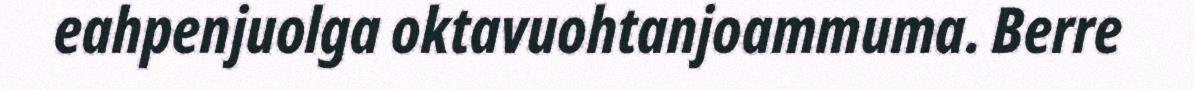
eahpenjuolga oktavuohtanjoammuma. Berre